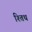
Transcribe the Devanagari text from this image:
श्तिथ